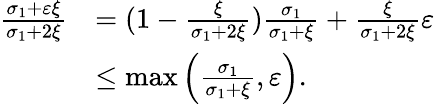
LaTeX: \begin{array}{rl}{\frac{\sigma_{1}+\varepsilon\xi}{\sigma_{1}+2\xi}}&{=(1-\frac{\xi}{\sigma_{1}+2\xi})\frac{\sigma_{1}}{\sigma_{1}+\xi}+\frac{\xi}{\sigma_{1}+2\xi}\varepsilon}\\ &{\leq\operatorname*{max}\left(\frac{\sigma_{1}}{\sigma_{1}+\xi},\varepsilon\right).}\end{array}